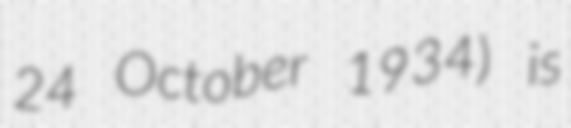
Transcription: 24 October 1934) is